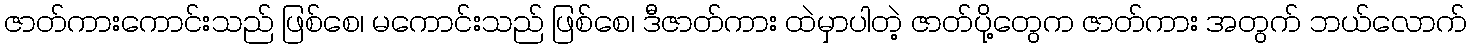
ဇာတ်ကားကောင်းသည် ဖြစ်စေ၊ မကောင်းသည် ဖြစ်စေ၊ ဒီဇာတ်ကား ထဲမှာပါတဲ့ ဇာတ်ပို့တွေက ဇာတ်ကား အတွက် ဘယ်လောက်